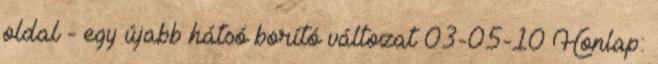
oldal - egy újabb hátsó borító változat 03-05-10 Honlap: